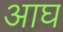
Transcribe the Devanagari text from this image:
आघ